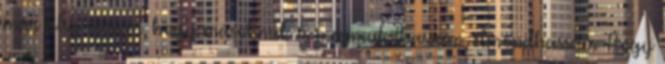
már alig várom, hogy másoknak is megmutathassam, elmondhassam. Hogy